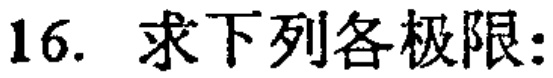
16. 求下列各极限：